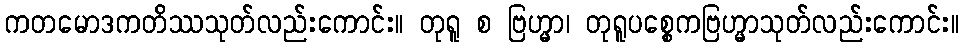
ကတမောဒကတိဿသုတ်လည်းကောင်း။ တုရူ စ ဗြဟ္မာ၊ တုရူပစ္စေကဗြဟ္မာသုတ်လည်းကောင်း။